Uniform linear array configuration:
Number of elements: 12
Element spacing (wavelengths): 1
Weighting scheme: uniform
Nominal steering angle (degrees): -15
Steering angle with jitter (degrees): -14.973
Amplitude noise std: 0.05
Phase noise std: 0.05

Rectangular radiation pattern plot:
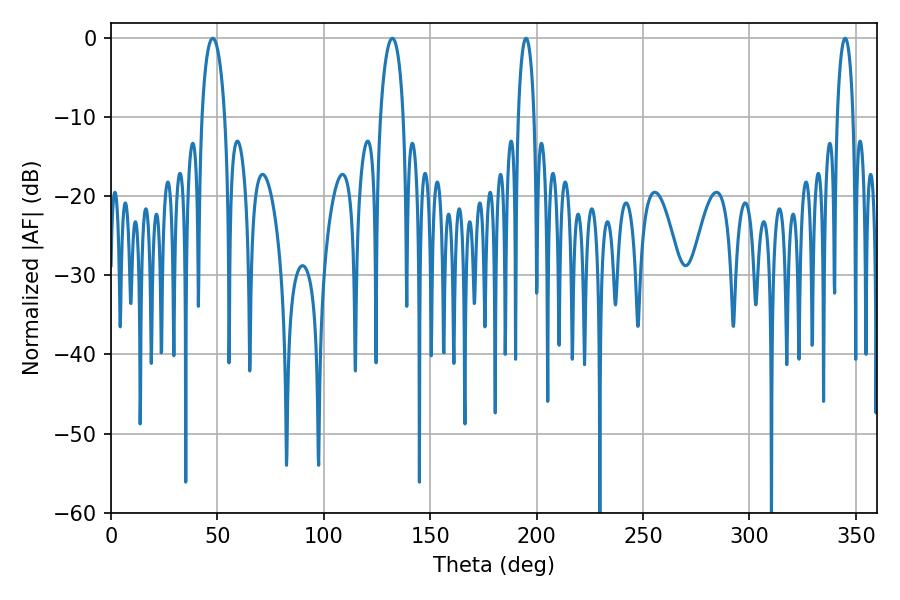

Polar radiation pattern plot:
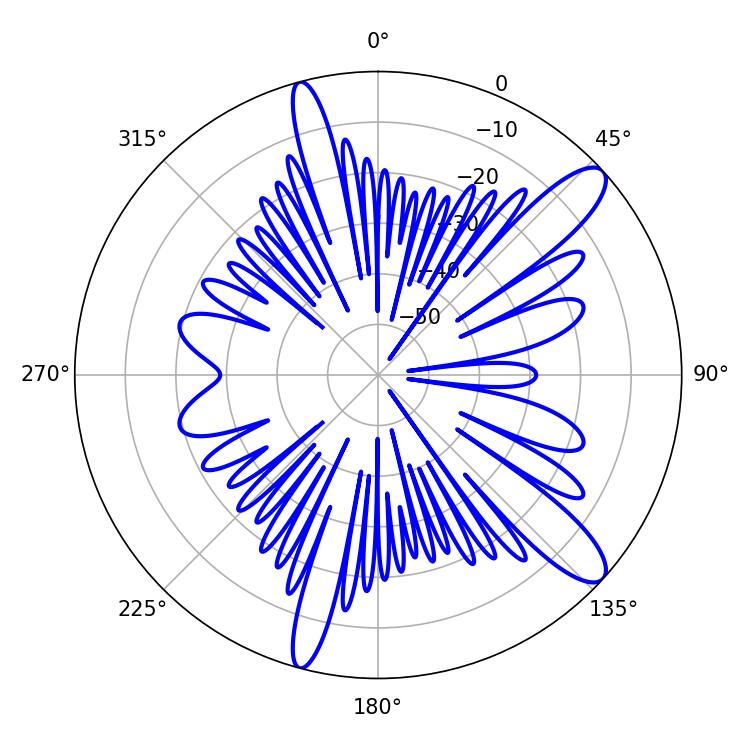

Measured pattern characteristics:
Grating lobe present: TRUE
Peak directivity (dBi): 11.752
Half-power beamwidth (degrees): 6.12
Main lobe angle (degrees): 47.88